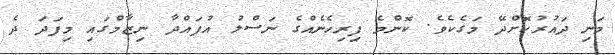
މަނި ދައުރުކޮށްދޭ މަގެކެވެ. ކޮންމެ ފިރިހެނެއްގެ ނަސްލު އުފައްދާ ނިޒާމްގައި މިފަދަ ދެ